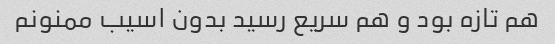
هم تازه بود و هم سریع رسید بدون اسیب ممنونم